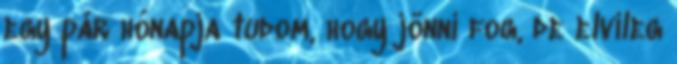
egy pár hónapja tudom, hogy jönni fog, de elvileg